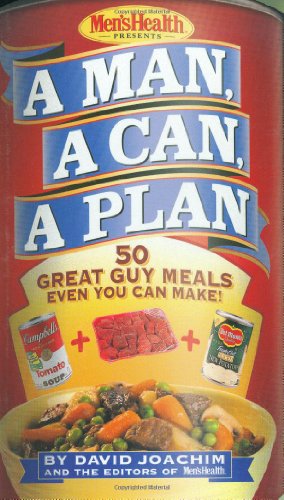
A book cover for A Man, a Can, a Plan : 50 Great Guy Meals Even You Can Make; David Joachim; Cookbooks, Food & Wine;